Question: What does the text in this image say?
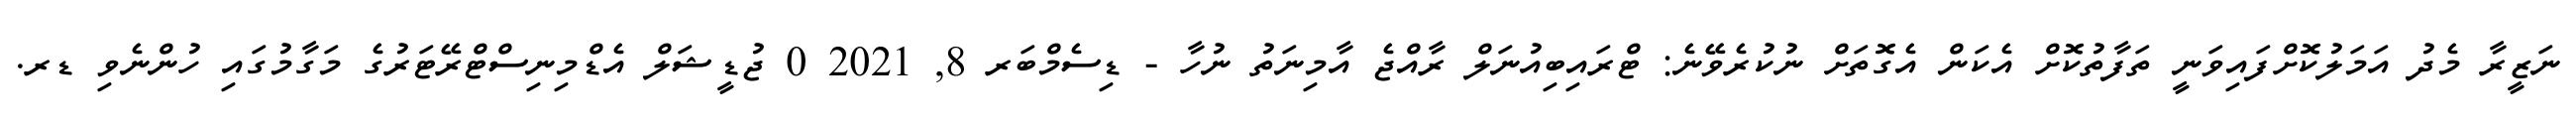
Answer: ނަޒީރާ މެދު އަމަލުކޮށްފައިވަނީ ތަފާތުކޮށް އެކަން އެގޮތަށް ނުކުރެވޭނެ: ޓްރައިބިއުނަލް ރާއްޖެ އާމިނަތު ނުހާ - ޑިސެމްބަރ 8, 2021 0 ޖުޑީޝަލް އެޑްމިނިސްޓްރޭޓަރުގެ މަގާމުގައި ހުންނެވި ޑރ.